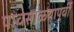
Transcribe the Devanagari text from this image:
पावसाळ्यापूर्वी